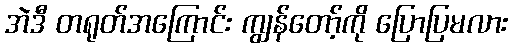
အဲဒီ တရုတ်အကြောင်း ကျွန်တော့်ကို ပြောပြမလား